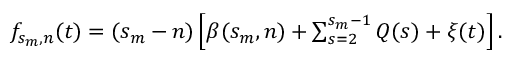
\begin{array} { r } { \begin{array} { l l } { f _ { s _ { m } , n } ( t ) = ( s _ { m } - n ) \left[ \beta ( s _ { m } , n ) + \sum _ { s = 2 } ^ { s _ { m } - 1 } Q ( s ) + \xi ( t ) \right] . } \end{array} } \end{array}